Document type: Sale
Year: 1354
Scribe: Bernat de Torre
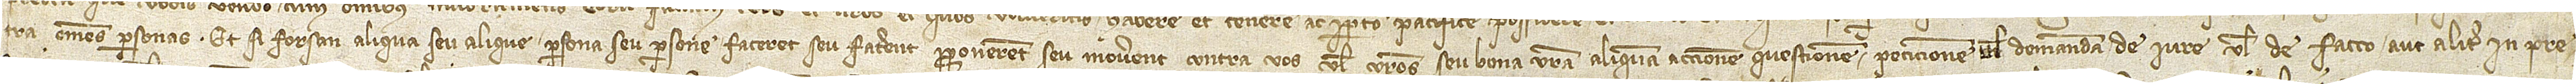
tra omnes personas. Et si forsan aliqua seu alique persona seu persone faceret seu facerent, proponerent seu moverent contra vos vel vestros seu bona vestra aliquam accionem, questionem, peticionem vel demandam de iure vel de facto aut aliter in pre-